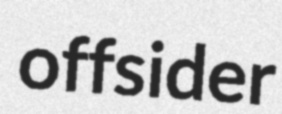
offsider